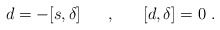
\begin{align*}d=- [s,\delta ] \hspace{0.7cm},\hspace{0.7cm}[d,\delta]=0 \ .\end{align*}